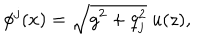
\phi ^ { j } ( x ) = \sqrt { g ^ { 2 } + q _ { j } ^ { 2 } } \ u ( z ) ,